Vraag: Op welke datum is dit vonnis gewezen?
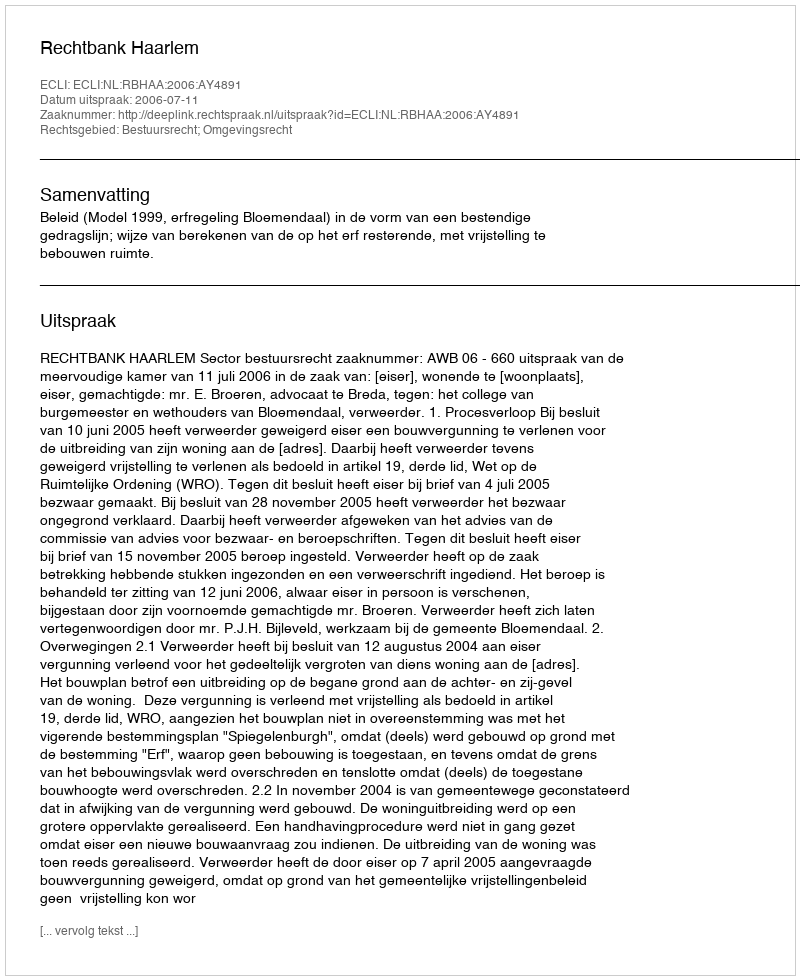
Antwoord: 2006-07-11